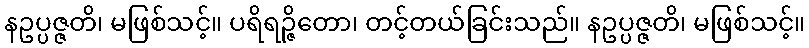
နဥပ္ပဇ္ဇတိ၊ မဖြစ်သင့်။ ပရိရဉ္ဇိတော၊ တင့်တယ်ခြင်းသည်။ နဥပ္ပဇ္ဇတိ၊ မဖြစ်သင့်။